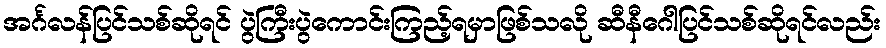
အင်္ဂလန်ပြင်သစ်ဆိုရင် ပွဲကြီးပွဲကောင်းကြည့်ရမှာဖြစ်သလို ဆီနီဂေါပြင်သစ်ဆိုရင်လည်း